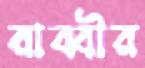
রাব্বীর